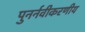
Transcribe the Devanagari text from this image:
पुनर्नवीकरणीय